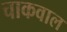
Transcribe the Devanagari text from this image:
चाकवाल